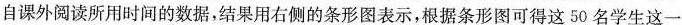
自课外阅读所用时间的数据，结果用右侧的条形图表示，根据条形图可得这50名学生这一